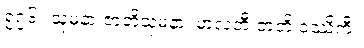
၅၇၆။ သုမနာ ဇာတိသုမနာ၊ မာလတီ ဇာတိ ဝဿိကီ။